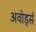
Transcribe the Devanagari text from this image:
अवोर्ड्स